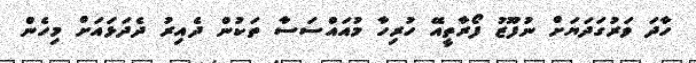
ހާދަ ވަރުގަދަޔަށް ނުފޫޒު ފޯރާތީއޭ ހުރިހާ މުއައްސަސާ ތަކުން ދެއިރު ދެދަޅައަށް މިހެން